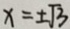
x = \pm \sqrt { 3 }